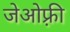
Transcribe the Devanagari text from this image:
जेओफ़्री